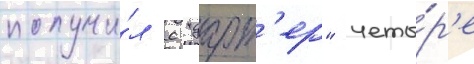
получи́л с "дарт'ер" четы́р'е